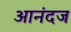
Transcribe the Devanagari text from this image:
आनंदज